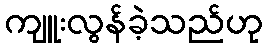
ကျူးလွန်ခဲ့သည်ဟု